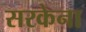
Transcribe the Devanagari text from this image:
सरकेना